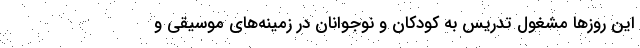
این روزها مشغول تدریس به کودکان و نوجوانان در زمینه‌های موسیقی و